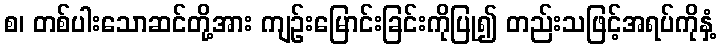
စ၊ တစ်ပါးသောဆင်တို့အား ကျဉ်းမြောင်းခြင်းကိုပြု၍ တည်းသဖြင့်အရပ်ကိုနှံ့